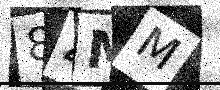
Text: 84MM